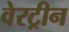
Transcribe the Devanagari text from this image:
वेरट्रीन